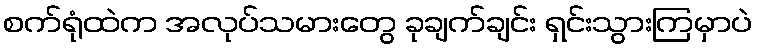
စက်ရုံထဲက အလုပ်သမားတွေ ခုချက်ချင်း ရှင်းသွားကြမှာပဲ